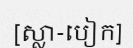
[ស្លា-បៀក]